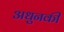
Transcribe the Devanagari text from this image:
अधुनकी